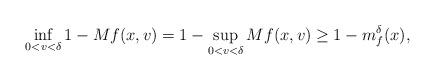
LaTeX: \begin{align*}\inf_{0<v<\delta}1-Mf(x,v)= 1-\sup_{0<v<\delta}Mf(x,v)\geq 1-m_{f}^{\delta}(x),\end{align*}